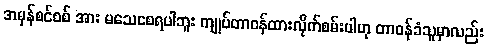
အမှန်စင်စစ် အား မသေစေရပါဘူး ကျုပ်တာဝန်ထားလိုက်စမ်းပါဟု တာဝန်ခံသူမှာလည်း